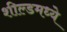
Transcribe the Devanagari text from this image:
शील्डमध्ये